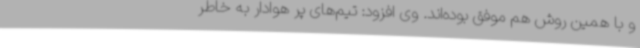
و با همین روش هم موفق بوده‌اند. وی افزود: تیم‌های پر هوادار به خاطر